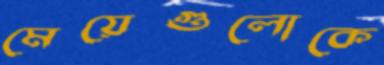
মেয়েগুলোকে